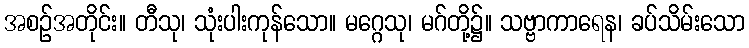
အစဉ်အတိုင်း။ တီသု၊ သုံးပါးကုန်သော။ မဂ္ဂေသု၊ မဂ်တို့၌။ သဗ္ဗာကာရေန၊ ခပ်သိမ်းသော